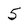
Character: 5